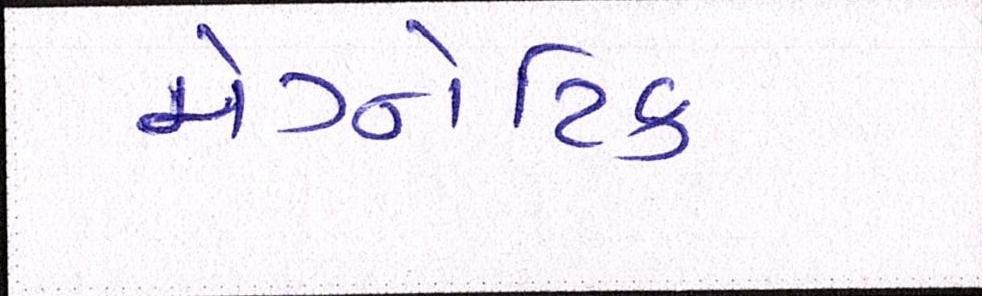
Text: મેગ્નેટિક